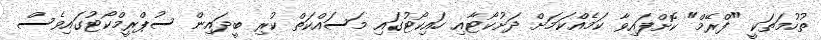
ތުހުމަތަކީ "ފްރޭމް" ކޮށްފައިވާ ކަމެއްކަމަށް ދަށުކޯޓާއި ހައިކޯޓުގައި މަސައްކަތް ކުރި ބީދައިން ސުޕްރީމްކޯޓުގައިވެސް